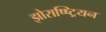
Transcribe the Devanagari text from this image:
झोराष्ष्ट्रियन